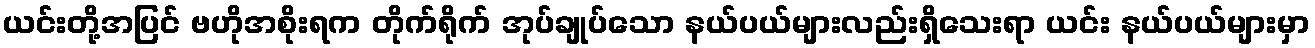
ယင်းတို့အပြင် ဗဟိုအစိုးရက တိုက်ရိုက် အုပ်ချုပ်သော နယ်ပယ်များလည်းရှိသေးရာ ယင်း နယ်ပယ်များမှာ